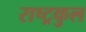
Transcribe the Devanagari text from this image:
राष्‍ट्रकुल